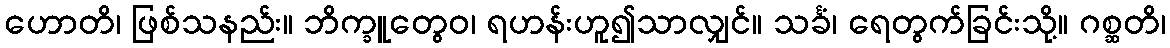
ဟောတိ၊ ဖြစ်သနည်း။ ဘိက္ခူတွေဝ၊ ရဟန်းဟူ၍သာလျှင်။ သင်္ခံ၊ ရေတွက်ခြင်းသို့။ ဂစ္ဆတိ၊